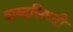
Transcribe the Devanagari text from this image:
शब्दसिध्दी